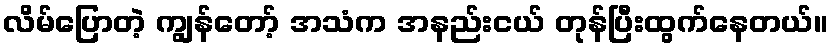
လိမ်ပြောတဲ့ ကျွန်တော့် အသံက အနည်းငယ် တုန်ပြီးထွက်နေတယ်။